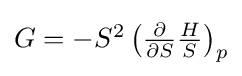
{\textstyle G=-S^{2}\left({\frac {\partial }{\partial S}}{\frac {H}{S}}\right)_{p}}